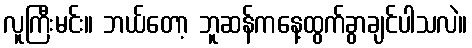
လူကြီးမင်း။ ဘယ်တော့ ဘူဆန်ကနေ့ထွက်ခွာချင်ပါသလဲ။